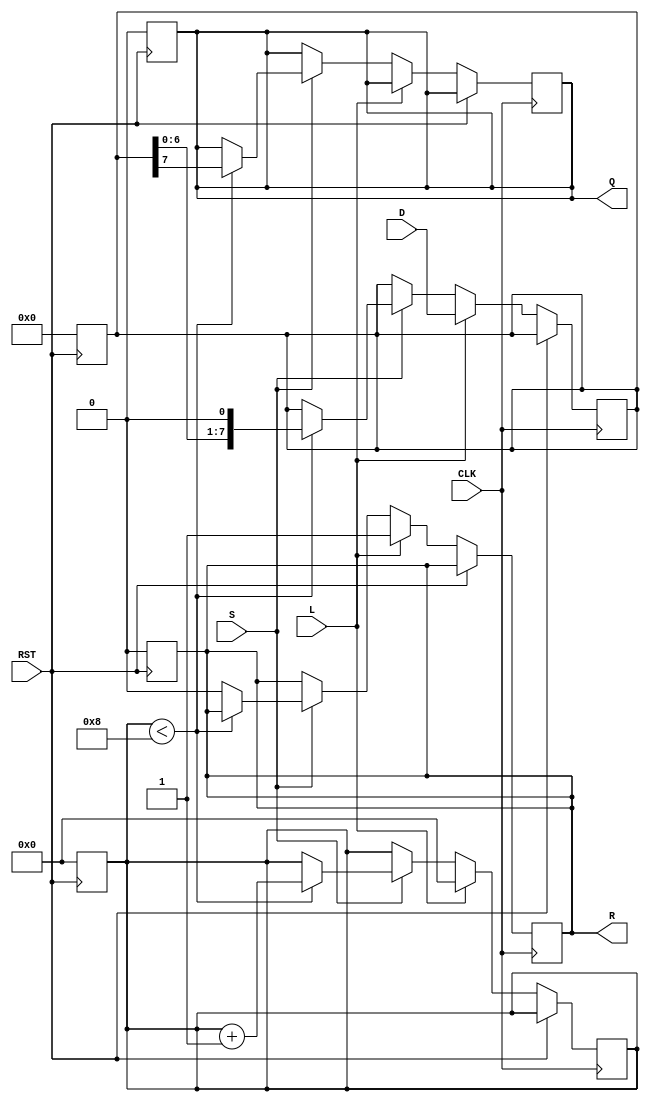
module PISO_Register (
    input wire [7:0] D,       // 8-bit parallel data input
    input wire L,             // Load control signal
    input wire S,             // Shift control signal
    input wire CLK,           // Clock signal
    input wire RST,           // Asynchronous reset signal
    output reg Q,             // Serial output
    output reg R              // Ready output
);

    reg [7:0] SR;             // Shift Register
    reg [3:0] CNT;            // Counter for bits shifted out

    // Asynchronous reset
    always @(posedge RST) begin
        SR <= 8'b0;           // Clear the shift register
        CNT <= 4'b0;         // Reset the counter
        Q <= 1'b0;           // Clear the serial output
        R <= 1'b0;           // Set ready to low
    end

    // Main operation
    always @(posedge CLK) begin
        if (RST) begin
            // Reset state is handled above
        end else if (L) begin
            // Load operation
            SR <= D;          // Load data into shift register
            CNT <= 4'b0;      // Reset the counter
            R <= 1'b1;        // Set ready to high
        end else if (S) begin
            // Shift operation
            if (CNT < 4'd8) begin
                Q <= SR[7];    // Output the MSB
                SR <= {SR[6:0], 1'b0}; // Shift right
                CNT <= CNT + 1; // Increment the counter
            end else begin
                R <= 1'b0;      // Reset ready when all bits shifted out
            end
        end
    end

endmodule